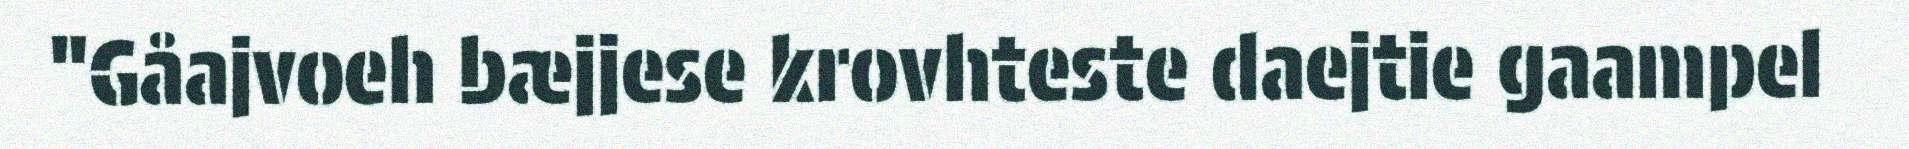
"Gåajvoeh bæjjese krovhteste daejtie gaampel